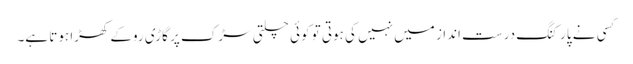
کسی نے پارکنگ درست انداز میں نہیں کی ہوتی تو کوئی چلتی سڑک پر گاڑی روکے کھڑا ہوتا ہے۔